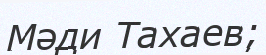
Мәди Тахаев;